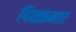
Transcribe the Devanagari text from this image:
पिळ्ळमार